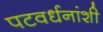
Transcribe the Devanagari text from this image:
पटवर्धनांशी